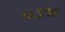
૫૩૧૯